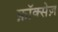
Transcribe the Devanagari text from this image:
फ़ॉक्सेज़